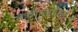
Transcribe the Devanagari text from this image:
तंत्रशास्त्राचार्य